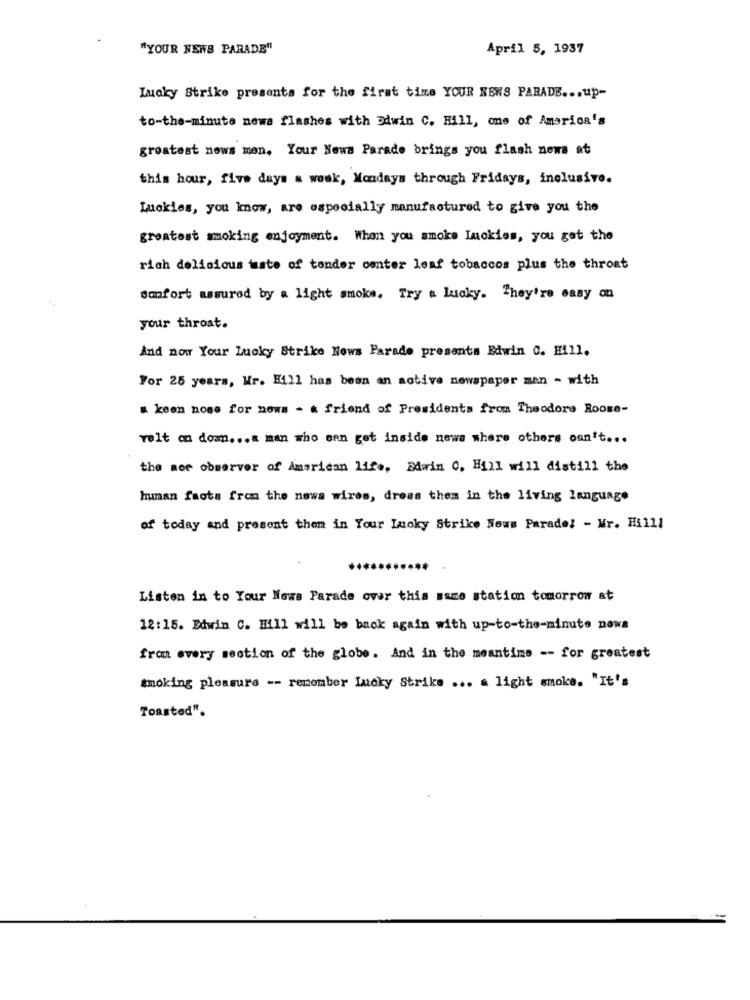
"YOUR NEWS PARADE"
April 5, 1937
Lucky Strike presenta for the first time YOUR NENS PARADE ... up-
to-the-minute news flashes with Edwin C. Hill, one of America's
greatest news men, Your News Parade brings you flash news at
this hour, five days a week, Mondays through Fridays, inclusive.
Luckies, you know, are especially manufactured to give you the
greatest smoking enjoyment. When you smoke Inokies, you gat the
rich delicious taste of tender center leaf tobaccos plus the throat
sanfort assured by a light smoke. Try a Lucky. They're easy on
your throat.
And now Your Lucky Strike Hows Parade presents Edwin C. Hill.
For 25 years, Wr. Hill has been an active newspaper man - with
& keen nose for nows - & friend of Presidents from Theodore Roose-
velt an dom ... a man who can get inside news where others can't ...
the ace observer of American life, Edwin 0. Hill will distill the
human faots from the news wires, dress them in the living language
of today and present them in Your Lucky Strike Nows Parade! - Mr. Hill1
Listen in to Your News Parade over this asme station tomorrow at
12:15. Edwin C. Hill will be back again with up-to-the-minute news
from every section of the globe. And in the meantime -- for greatest
smoking pleasure -- remember lucky Strike ... a light smoke. "It's
Toasted".